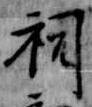
祠